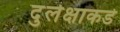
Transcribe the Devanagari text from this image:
दुर्लक्षाकडे